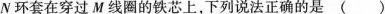
N 环套在穿过 M 线圈的铁芯上，下列说法正确的是()